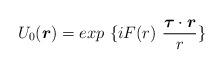
LaTeX: \begin{align*}U_0(\mbox{\boldmath$r$})=exp~\{ iF(r) ~\frac{\mbox{\boldmath$\tau$} \cdot \mbox{\boldmath$r$}}{r} \}\end{align*}